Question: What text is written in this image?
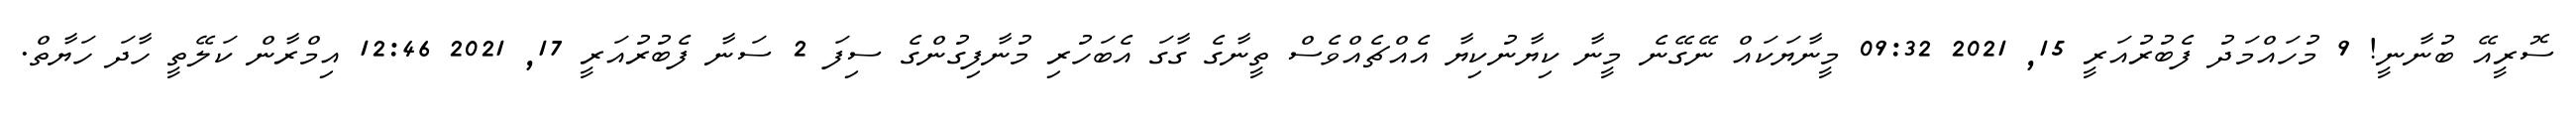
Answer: ސޮރީއޭ ބުނާނީ! 9 މުހައްމަދު ފެބުރުއަރީ 15, 2021 09:32 މީނާޔަކައް ނޭގޭނެ މީނާ ކިޔާނުކިޔާ އެއްޗެއްވެސް ތީނާގެ ގާގަ އެބަހުރި މުނާފިގުންގެ ސިފަ 2 ސަނާ ފެބުރުއަރީ 17, 2021 12:46 އިމްރާން ކަލޭތީ ހާދަ ހަޔާތް.